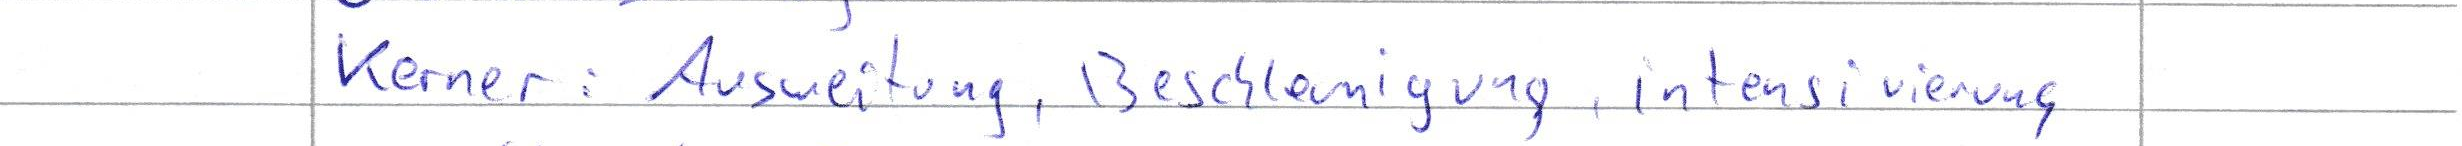
Kerner: Ausweitung, Beschleunigung, Intensivierung